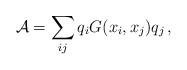
LaTeX: \begin{align*}{\cal A} = \sum_{ij} q_i G(x_i,x_j) q_j\,,\end{align*}